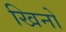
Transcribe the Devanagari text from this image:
खिनो